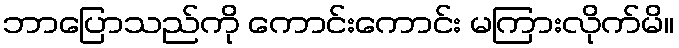
ဘာပြောသည်ကို ကောင်းကောင်း မကြားလိုက်မိ။